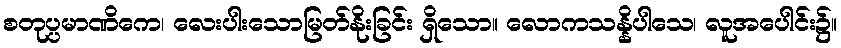
စတုပ္ပမာဏိကေ၊ လေးပါးသောမြတ်နိုးခြင်း ရှိသော။ လောကသန္နိပါသေ၊ လူအပေါင်း၌။